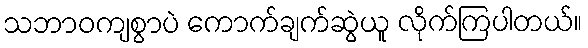
သဘာဝကျစွာပဲ ကောက်ချက်ဆွဲယူ လိုက်ကြပါတယ်။